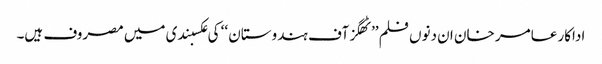
اداکار عامر خان ان دنوں فلم ’’ٹھگز آف ہندوستان ‘‘ کی عکسبندی میں مصروف ہیں۔